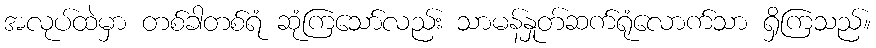
အလုပ်ထဲမှာ တစ်ခါတစ်ရံ ဆုံကြသော်လည်း သာမန်နှုတ်ဆက်ရုံလောက်သာ ရှိကြသည်။